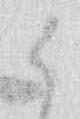
候